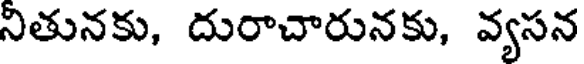
నితునకు, దురాచారునకు, వ్యసన